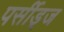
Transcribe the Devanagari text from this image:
पर्सीड्‌ज